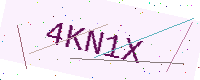
Text: 4KN1X